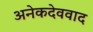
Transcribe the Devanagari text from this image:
अनेकदेववाद